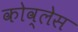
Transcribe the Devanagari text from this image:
कोव्लेस